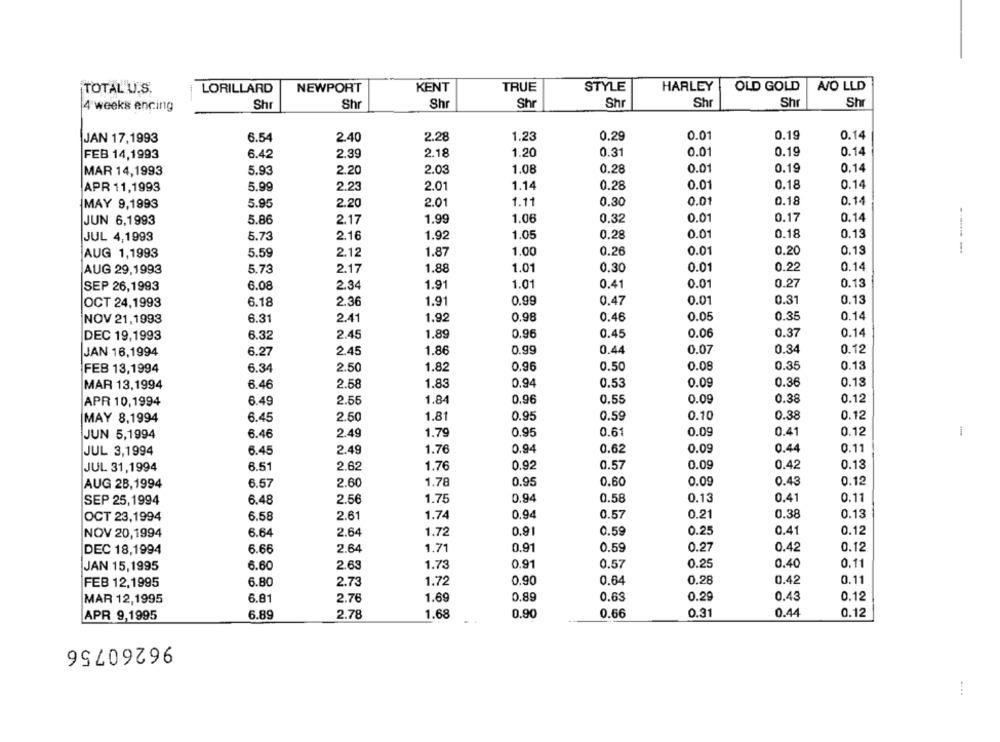
TOTAL U.S.
LORILLARD
NEWPORT
KENT
TRUE
STYLE
HARLEY
OLD GOLD
WO LLD
Shr
Shr
Shr
Shr
Sh
Shr
4 weeks encing
Shr
Shr
JAN 17,1993
6.54
2.40
2.28
1.23
0.29
0.0
0.19
0.14
FEB 14,1993
6.42
2.39
2.18
1.20
0.31
0.0
0.19
0.14
MAR 14,1993
5.93
2.20
2.03
1.08
0.28
0.0
0.19
0.14
2.23
2.01
1.14
0.28
0.01
0.18
0.14
APR 11,1993
5.99
1.11
0.18
0.14
MAY 9,1993
5.95
2.20
2.01
0.30
0.01
JUN 6,1993
5.86
2.17
1.99
1.06
0.32
0.01
0.17
0.14
JUL 4,1993
5.73
2.16
1.92
1.05
0.28
0.01
0.18
0.13
5.59
2.12
1.87
1.00
0.26
0.01
0.20
0.13
AUG 1,1993
5.73
2.17
1.88
1.01
0.30
0.01
0.22
0.14
AUG 29,1993
0.13
SEP 26,1993
6.08
2.34
1.91
1.01
0.41
0.01
0.27
OCT 24,1993
6.18
2.36
1.91
0.99
0.47
0.01
0.31
0.13
NOV 21,1993
6.31
2.41
1.92
0.98
0.46
0.05
0.35
0.14
1.89
0.96
0.45
0.06
0.37
0.14
DEC 19,1993
6.32
2.45
0.34
JAN 16,1994
6.27
2.45
1.86
0.99
0.44
0.07
0.12
FEB 13,1994
6.34
2.50
1.82
0.96
0.50
0.08
0.35
0.13
MAR 13,1994
6.46
2.58
1.83
0.94
0.53
0.09
0.36
0.13
6.49
2.55
1.84
0.96
0.55
0.09
0.38
0.12
APR 10,1994
1.81
0.95
0.59
0.10
0.38
0.12
MAY 8,1994
6.45
2.50
0.09
-
JUN 5,1994
6.46
2.49
1.79
0.95
0.61
0.41
0.12
JUL 3,1994
6.45
2.49
1.76
0.94
0.62
0.09
0.44
0.11
JUL 31,1994
6.51
2.62
1.76
0.92
0.57
0.09
0.42
0.13
6.57
2.60
1.78
0.95
0.60
0.09
0.43
0.12
AUG 28,1994
0.13
0.41
0.11
SEP 25,1994
6.48
2.56
1.75
0.94
0.58
OCT 23,1994
6.58
2.61
1.74
0.94
0.57
0.21
0.38
0.13
NOV 20,1994
6.64
2.64
1.72
0.91
0.59
0.25
0.41
0.12
DEC 18,1994
6.66
2.64
1.71
0.91
0.59
0.27
0.42
0.12
2.63
1.73
0.91
0.57
0.25
0.40
0.11
JAN 15,1995
6.60
0.11
FEB 12,1995
6.80
2.73
1.72
0.90
0.64
0.28
0.42
MAR 12,1995
6.81
2.76
1.69
0.89
0.63
0.29
0.43
0.12
6.89
2.78
1.68
0.90
0.66
0.31
0.44
0.12
APR 9,1995
96260756